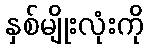
နှစ်မျိုးလုံးကို